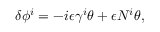
\delta \phi ^ { i } = - i \epsilon \gamma ^ { i } \theta + \epsilon N ^ { i } \theta ,